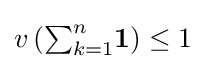
v\left({\textstyle \sum _{k=1}^{n}}\mathbf {1} \right)\leq 1\